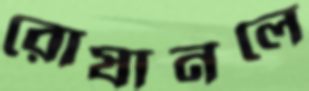
রোষানলে